Civil Veterinary Dept. Bombay admin report 1907-1913 - 1907-1913
Year: 1907
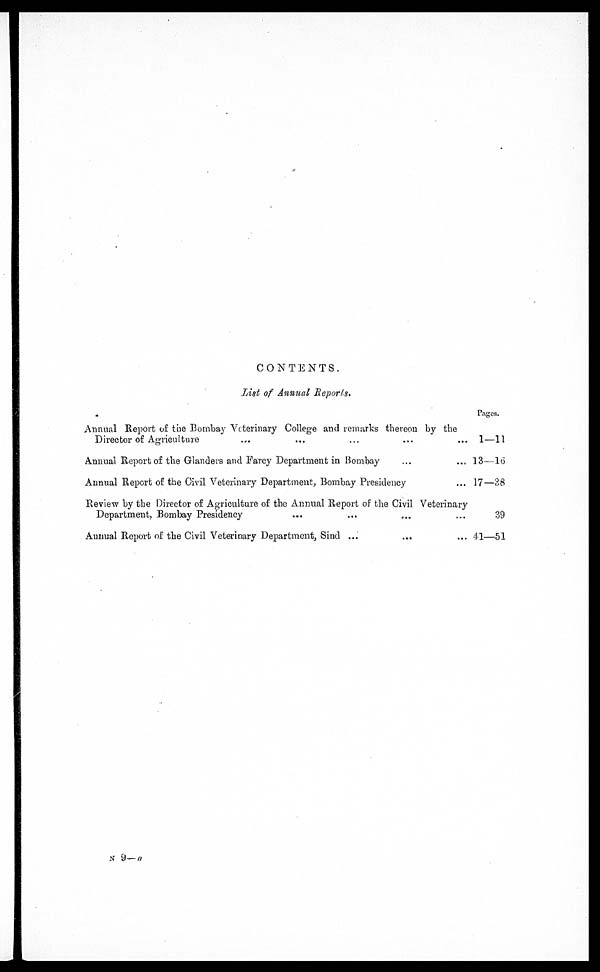
CONTENTS.
List of Annual Reports.
Annual Report of the Bombay Veterinary College and remarks thereon by the
Director of Agriculture ... ... ... ... ...
Annual Report of the Glanders and Farcy Department in Bombay ... ...
Annual Report of the Civil Veterinary Department, Bombay Presidency ...
Review by the Director of Agriculture of the Annual Report of the Civil Veterinary
Department, Bombay Presidency ... ... ... ...
Annual Report of the Civil Veterinary Department, Sind ... ... ... ...
Pages.
1—11
13—16
17—38
39
41—51
N 9— a